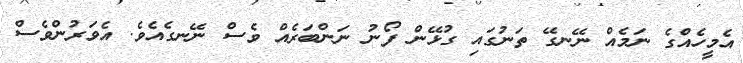
އެމީހެއްގެ ނަމެއް ނޭނގޭ ތަނުގައި ގުޅޭން ފޯނު ނަންބަރެއް ވެސް ނޭނގެއެވެ. އެވަރުންވެސް